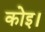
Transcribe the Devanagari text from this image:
कोइ।